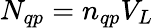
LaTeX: N_{qp}=n_{qp}V_{L}